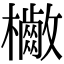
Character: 𣟷